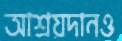
আশ্রয়দানও